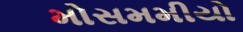
મોસમમીયો